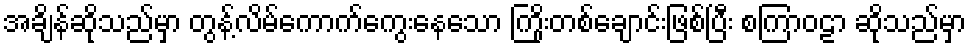
အချိန်ဆိုသည်မှာ တွန့်လိမ်ကောက်ကွေးနေသော ကြိုးတစ်ချောင်းဖြစ်ပြီး စကြာဝဠာ ဆိုသည်မှာ